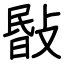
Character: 敯